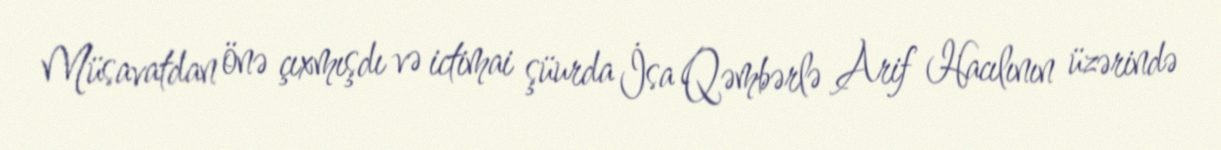
Müsavatdan önə çıxmışdı və ictimai şüurda İsa Qəmbərlə Arif Hacılının üzərində